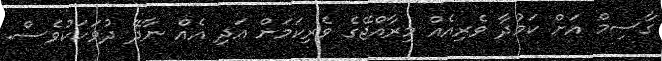
ގާސިމް އަށް ކަމުދާ ވެރިއެއް މިރާއްޖޭގެ ވެރިކަމަށް އަދި އެއް ނާދޭ ދުވަހަކުވެސް.